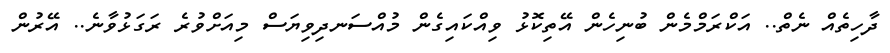
ދާހިތެއް ނެތް.. އަކްރަމްމެން ބުނިހެން އޭތިކޮޅު ވިއްކައިގެން މުއްސަނދިވިޔަސް މިއަށްވުރެ ރަގަޅުވާނެ.. އޭރުން